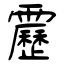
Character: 靂